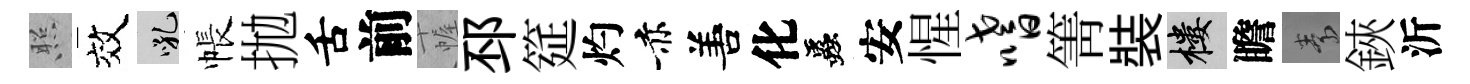
照效吼帳拋舌前幄邳筵灼赤𠵊化蟲安惺嗜箐裝樓瞻素鋏沂